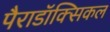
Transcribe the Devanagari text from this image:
पैराडॉक्सिकल